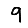
Digit: 9